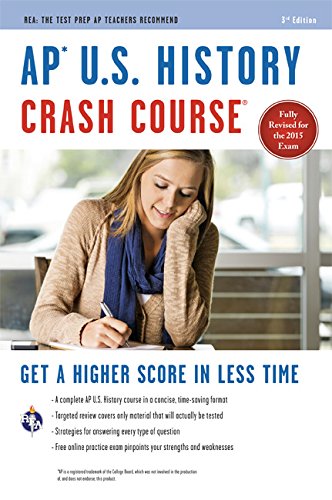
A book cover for APÂ® U.S. History Crash Course Book + Online (Advanced Placement (AP) Crash Course); Larry Krieger; Test Preparation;